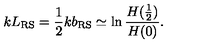
k L _ { \mathrm { R S } } = \frac 1 2 k b _ { \mathrm { R S } } \simeq \ln \frac { H ( \frac 1 2 ) } { H ( 0 ) } .